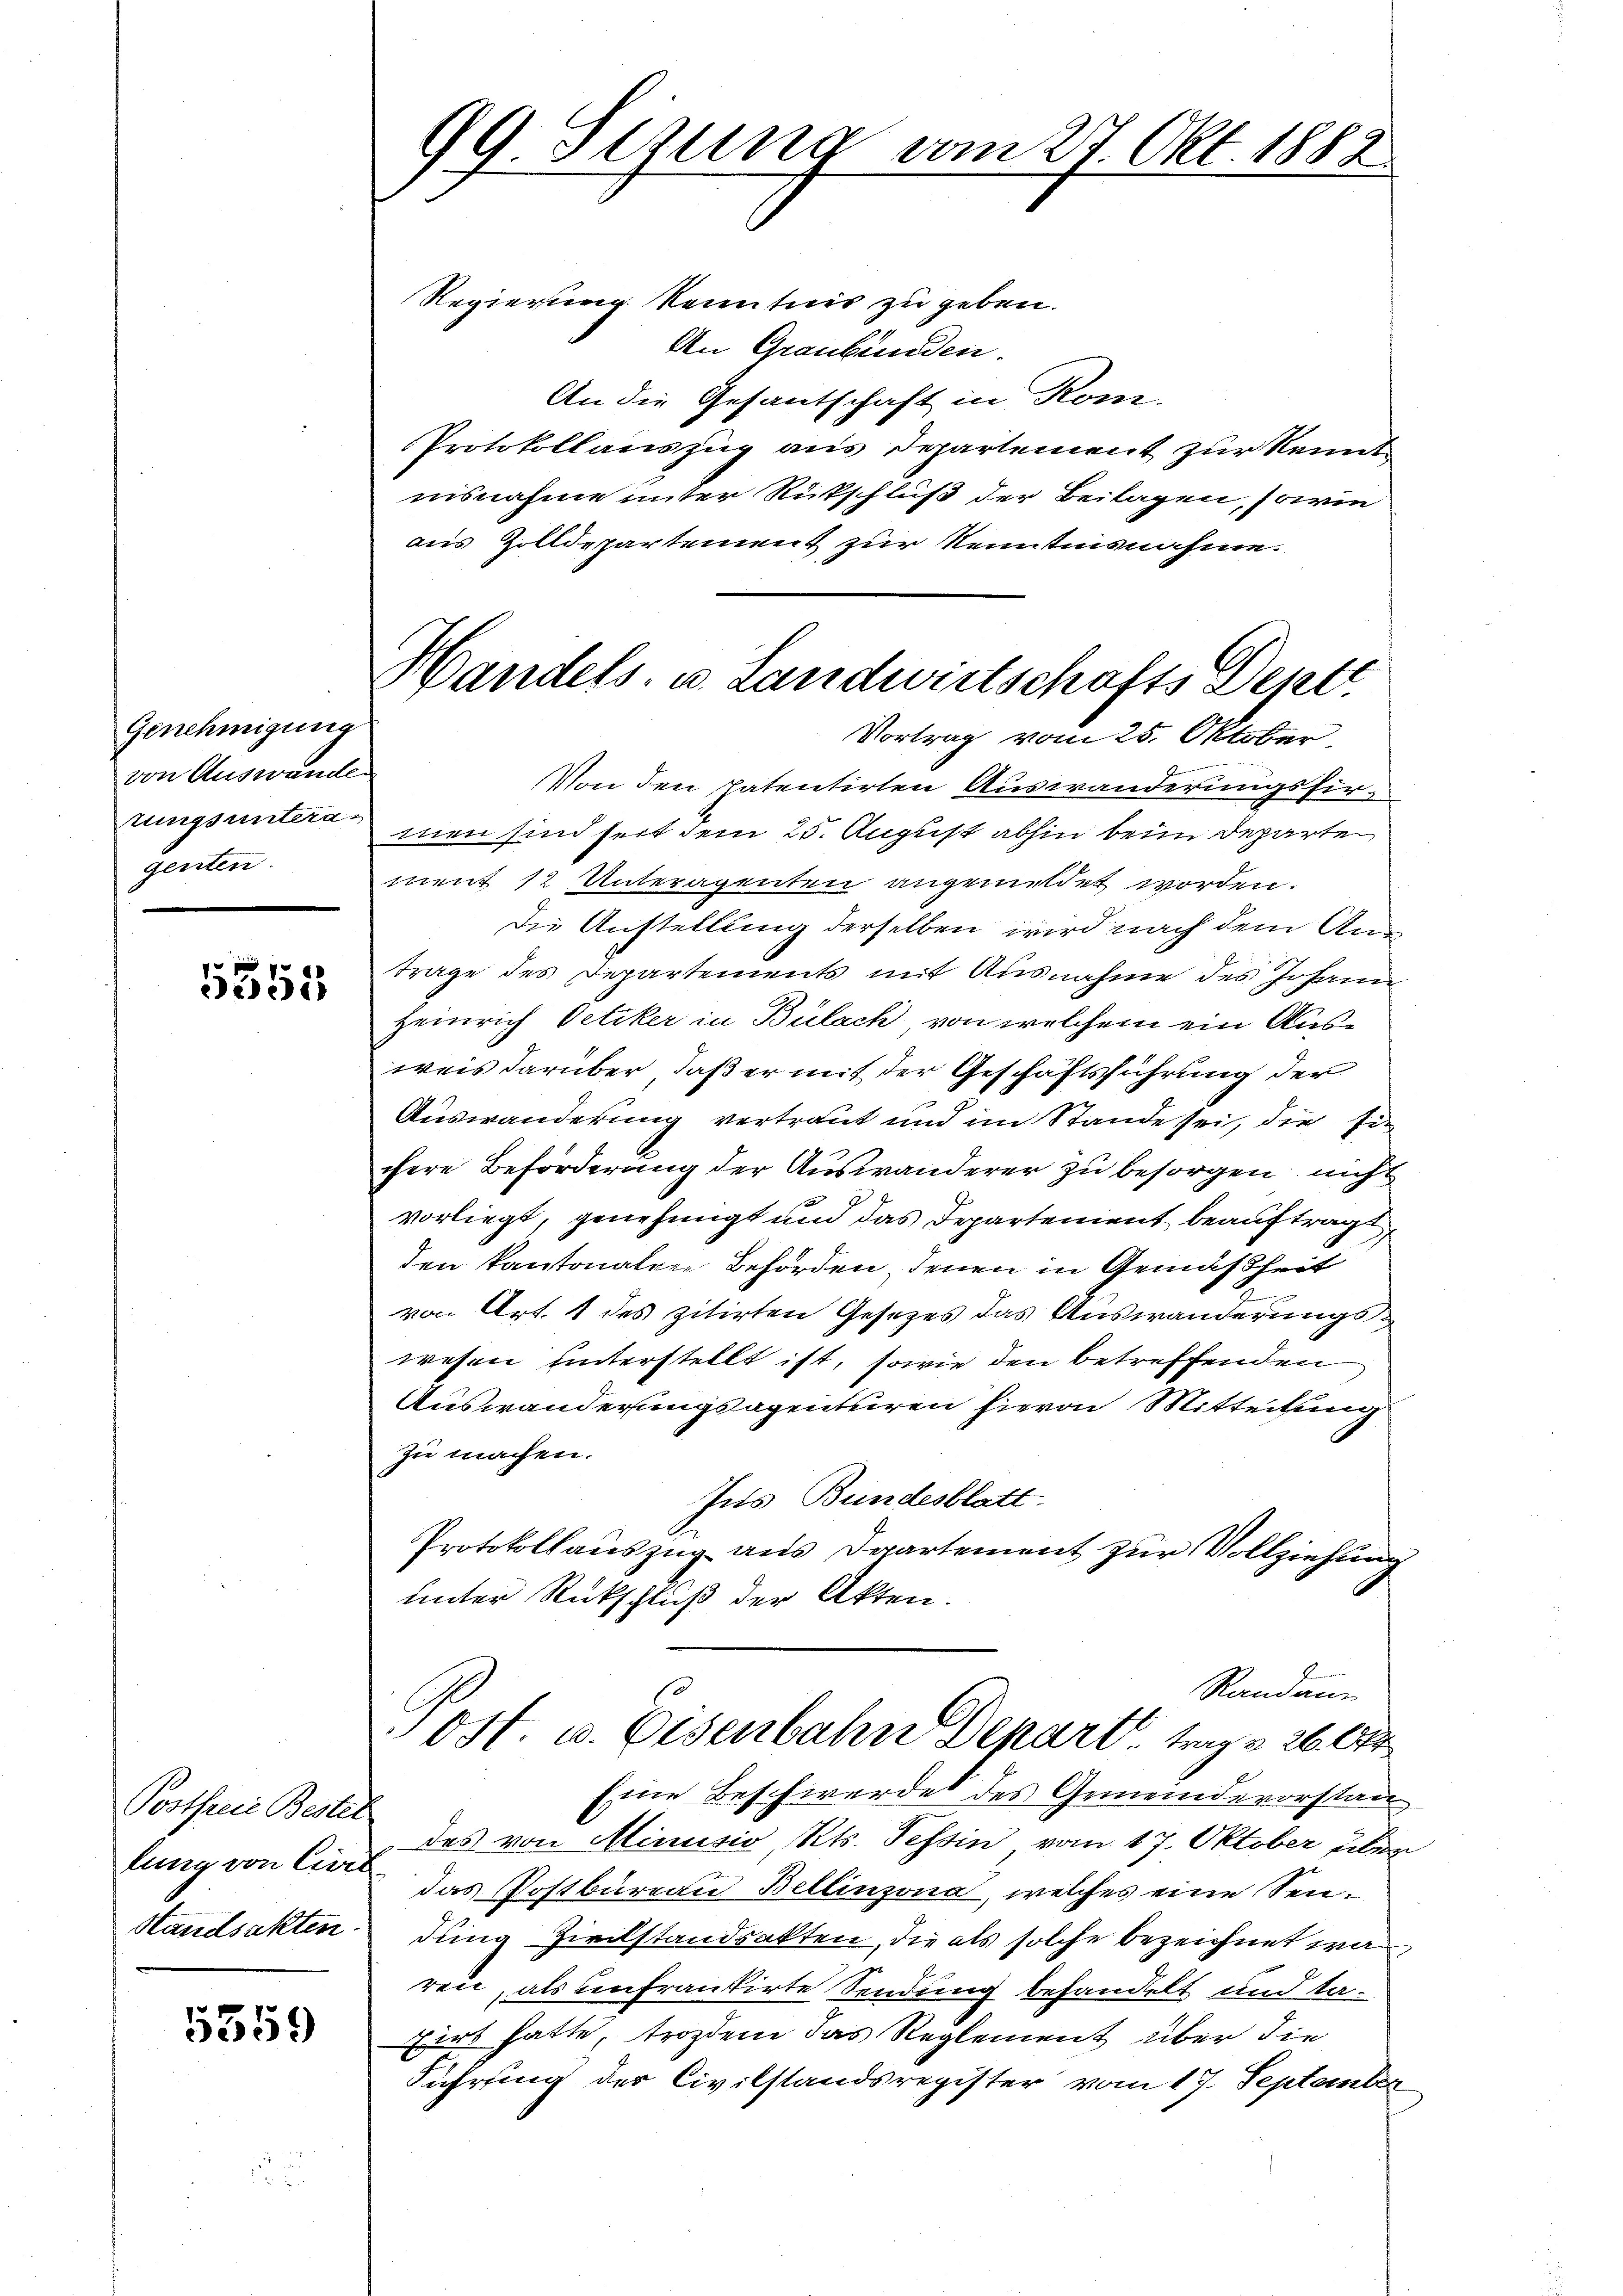
Genehmigung
von Auswande
tungsuntera-
genten.

5355

Postfreie Bestel
Standsakten

5359

99. Semina vom 27 Okt. 1882.

Regierung Kenntnis zu geben.
An Graubünden.
An die Gesantschaft in Kom-
Protokollauszug aus Departement zur Kennt
nisnahme unter Rückschluß der Beilagen, sowie
aus Zolldepartement zur Kenntnisnahme.
Von den patentirten Auswanderungsfirmen sind seit dem 25. August abhin beim Departe
ment 12 Unteragenten angemeldet worden.
Die Anstellung derselben wird nach dem Antrage des Departements mit Ausnahme des Johann
Heinrich Oetiker in Bülach von welchem ein Ausweis darüber, daß er mit der Geschäftsführung der
.
Auswanderung vertraut und im Stande sei, die sei
chere Beförderung der Auswanderer zu besorgen nicht
vorliegt, genehmigt und das Departement beauftragt
den kantonalger Behörden, denen in Gemässheit
von Art. 1 des zitirten Gesetzes das Auswanderungswesen unterstellt ist, sowie den betreffenden
Auswanderungsagenturen hievon Mitteilung
zu machen.
Jus Bundesblatt.
Protokollauszug aus Daartement zur Vollziehung
unter Rückschluß der Akten.
Randann
Ost. u. Eisenbahn Depart, trag 26. 6
Eine Beschwerde des Gemeindevorstan
des von Minusio, Kts. Tessin vom 17. Oktober über
lung von Carl das Postbureau Bellinzona, welches eine Sendung Zivilstandsakten, die als solche bezeichnet war
ren, als entrankirte Sendung behandelt und ta-
firt hatte, trozdem das Reglement über die
Führung der Civilstandsregister vom 17. September

Handels- u. Landwirtschafts Deptt
Vortrag vom 25. Oktober